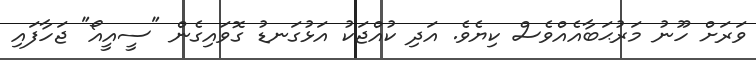
ވަރަށް ހޫނު މަރުޙަބާއެއްވެސް ކިޔެވެ. އަދި ކުއްޖަކު އަޅުގަނޑު ގޮވައިގެން "ސީއީއޯ" ޖަހާފައި